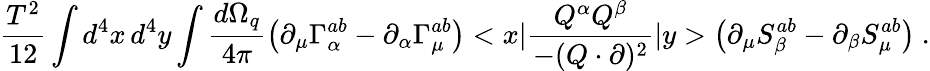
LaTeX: \frac{T^{2}}{12}\int d^{4}x\, d^{4}y\int\frac{d\Omega_{q}}{4\pi}\left(\partial_{\mu}\Gamma_{\alpha}^{ab}-\partial_{\alpha}\Gamma_{\mu}^{ab}\right)<x|\frac{Q^{\alpha}Q^{\beta}}{-(Q\cdot\partial)^{2}}|y>\left(\partial_{\mu}S_{\beta}^{ab}-\partial_{\beta}S_{\mu}^{ab}\right)\ .